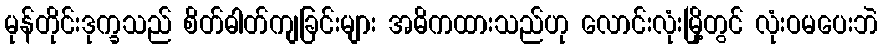
မုန်တိုင်းဒုက္ခသည် စိတ်ဓါတ်ကျခြင်းများ အဓိကထားသည်ဟု လောင်းလုံးမြို့တွင် လုံးဝမပေးဘဲ